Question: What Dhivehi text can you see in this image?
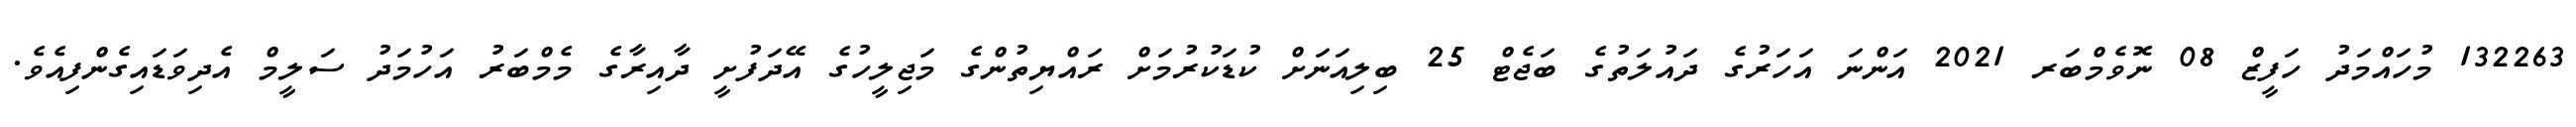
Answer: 132263 މުހައްމަދު ހަފީޒް 08 ނޮވެމްބަރ 2021 އަންނަ އަހަރުގެ ދައުލަތުގެ ބަޖެޓް 25 ބިލިއަނަށް ކުޑަކުރުމަށް ރައްޔިތުންގެ މަޖިލީހުގެ އޭދަފުށީ ދާއިރާގެ މެމްބަރު އަހުމަދު ސަލީމް އެދިވަޑައިގެންފިއެވެ.